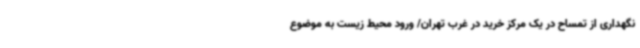
نگهداری از تمساح در یک مرکز خرید در غرب تهران/ ورود محیط زیست به موضوع